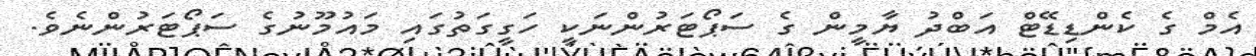
އެމް ގެ ކެންޑިޑޭޓް އަބްދު ޔާމީން ގެ ސަޕޯޓަރުންނަކީ ހަގީގަތުގައި މައުމޫނުގެ ސަޕޯޓަރުންނެވެ.